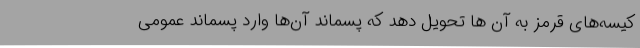
کیسه‌های قرمز به آن ها تحویل دهد که پسماند آن‌ها وارد پسماند عمومی